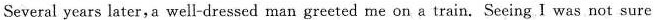
Several years later,a well-dressed man greeted me on a train. Seeing I was not sure